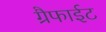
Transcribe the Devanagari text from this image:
ग्रैफाईट